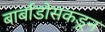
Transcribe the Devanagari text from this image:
बार्बाडोसकडून